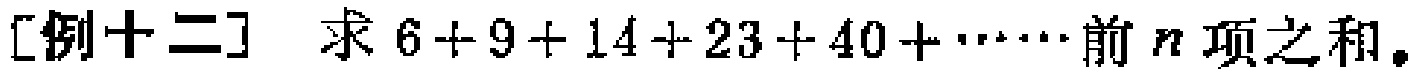
[例十二] 求\(6 + 9 + 14 + 23 + 40 + \cdots\)前\(n\)项之和。